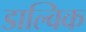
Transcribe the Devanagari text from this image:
डाल्विक